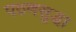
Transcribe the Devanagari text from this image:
पठणसुद्धा